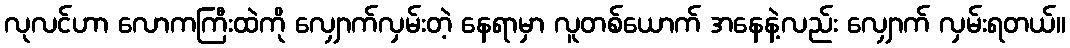
လုလင်ဟာ လောကကြီးထဲကို လျှောက်လှမ်းတဲ့ နေရာမှာ လူတစ်ယောက် အနေနဲ့လည်း လျှောက် လှမ်းရတယ်။